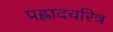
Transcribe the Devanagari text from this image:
प्रह्लादचरित्र